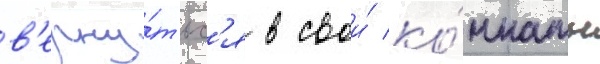
в'ерну́тьс'я в свои́ ко́мнаты